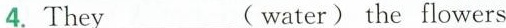
4. They___(water) the flowers